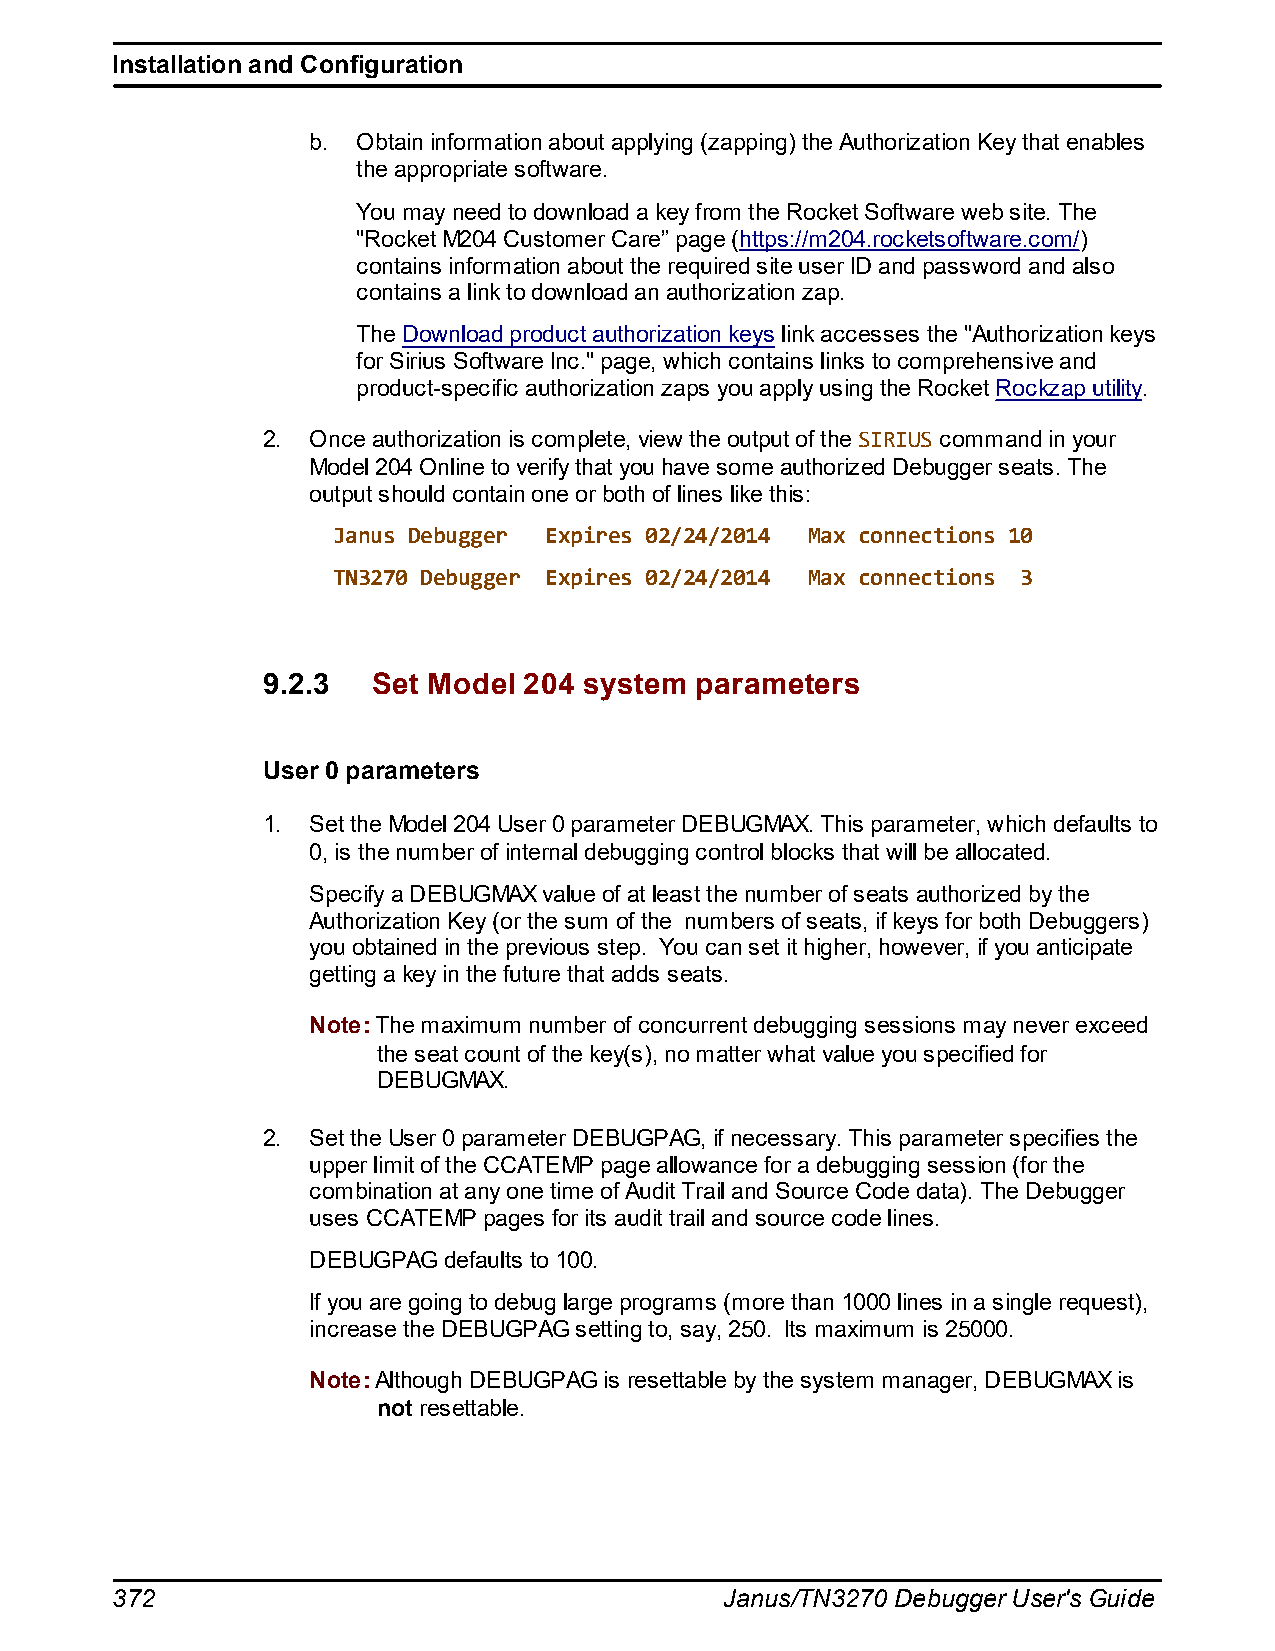
Installation and Configuration
 b.  Obtain information about applying (zapping) the Authorization Key that enables
 the appropriate software.
 You may need to download a key from the Rocket Software web site. The
 "Rocket M204 Customer Care” page (https://m204.rocketsoftware.com/)
 contains information about the required site user ID and password and also
 contains a link to download an authorization zap.
 The Download product authorization keys link accesses the "Authorization keys
 for Sirius Software Inc." page, which contains links to comprehensive and
 product-specific authorization zaps you apply using the Rocket Rockzap utility.
 2. Once authorization is complete, view the output of the SIRIUS command in your
 Model 204 Online to verify that you have some authorized Debugger seats. The
 output should contain one or both of lines like this:
 Janus Debugger Expires 02/24/2014 Max connections 10
 TN3270 Debugger Expires 02/24/2014 Max connections 3
 9.2.3   Set Model 204 system parameters
 User 0 parameters
 1. Set the Model 204 User 0 parameter DEBUGMAX. This parameter, which defaults to
 0, is the number of internal debugging control blocks that will be allocated.
 Specify a DEBUGMAX value of at least the number of seats authorized by the
 Authorization Key (or the sum of the numbers of seats, if keys for both Debuggers)
 you obtained in the previous step. You can set it higher, however, if you anticipate
 getting a key in the future that adds seats.
 Note: The maximum number of concurrent debugging sessions may never exceed
 the seat count of the key(s), no matter what value you specified for
 DEBUGMAX.
 2. Set the User 0 parameter DEBUGPAG, if necessary. This parameter specifies the
 upper limit of the CCATEMP page allowance for a debugging session (for the
 combination at any one time of Audit Trail and Source Code data). The Debugger
 uses CCATEMP pages for its audit trail and source code lines.
 DEBUGPAG defaults to 100.
 If you are going to debug large programs (more than 1000 lines in a single request),
 increase the DEBUGPAG setting to, say, 250. Its maximum is 25000.
 Note: Although DEBUGPAG is resettable by the system manager, DEBUGMAX is
 not resettable.
 372                                      Janus/TN3270 Debugger User's Guide